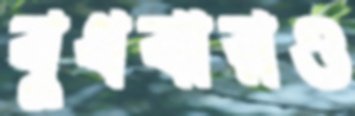
বুধবারও